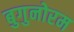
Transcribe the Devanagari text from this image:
बुगुनोरम